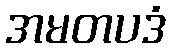
အမတပဒံ